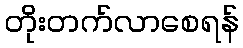
တိုးတက်လာစေရန်